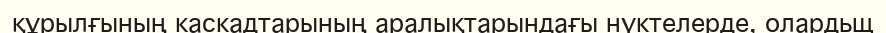
құрылғының каскадтарының аралықтарындағы нүктелерде, олардьщ